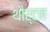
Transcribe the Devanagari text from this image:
थौर्टन